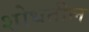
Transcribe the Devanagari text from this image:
शोधतील